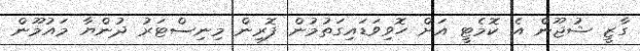
ގާޒީ ޝުޖޫން އެ ކޮމެޓީ އަށް ހޮވިވަޑައިގަތުމުން ފޮރިން މިނިސްޓަރު ދުންޔާ މައުމޫން